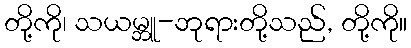
တို့ကို၊ သယမ္ဘူ-ဘုရားတို့သည်, တို့ကို။